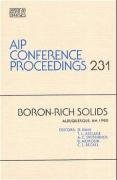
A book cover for Boron-Rich Solids (AIP Conference Proceedings); Science & Math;